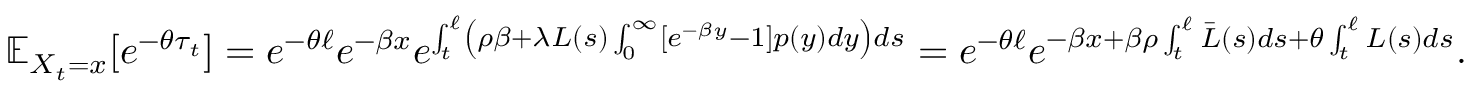
\begin{array} { r } { \mathbb { E } _ { X _ { t } = x } [ e ^ { - \theta \tau _ { t } } ] = e ^ { - \theta \ell } e ^ { - \beta x } e ^ { \int _ { t } ^ { \ell } \left( \rho \beta + \lambda L ( s ) \int _ { 0 } ^ { \infty } [ e ^ { - \beta y } - 1 ] p ( y ) d y \right) d s } = e ^ { - \theta \ell } e ^ { - \beta x + \beta \rho \int _ { t } ^ { \ell } \bar { L } ( s ) d s + \theta \int _ { t } ^ { \ell } L ( s ) d s } . } \end{array}